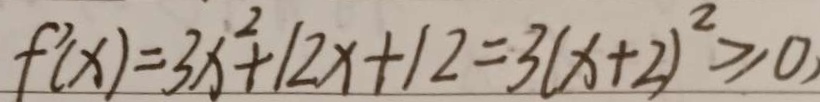
f ^ { \prime } ( x ) = 3 x ^ { 2 } + 1 2 x + 1 2 = 3 ( x + 2 ) ^ { 2 } \geq 0 ,